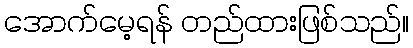
အောက်မေ့ရန် တည်ထားဖြစ်သည်။